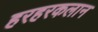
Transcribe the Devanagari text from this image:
हरहरकलान